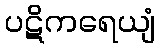
ပဋိကရေယျံ